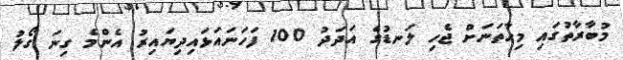
މުބާރާތުގައި މިހާތަނަށް ޖެހި ލަނޑުގެ އަދަދު 100 ފަހަނައަޅައިދިޔައިރު އެންމެ ގިނަ ގޯލު